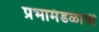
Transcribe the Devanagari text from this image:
प्रभामंडळाची